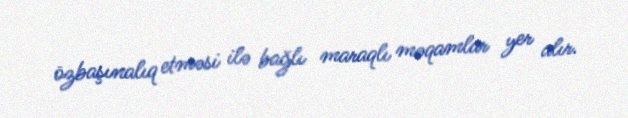
özbaşınalıq etməsi ilə bağlı maraqlı məqamlar yer alır.